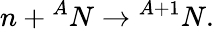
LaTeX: n+\textrm{}^{A}N\rightarrow\textrm{}^{A+1}N.